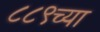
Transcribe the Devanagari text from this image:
८८९च्या